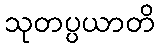
သုတပ္ပယာတိ